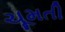
ચૂમતી